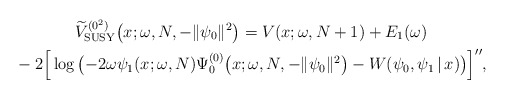
\begin{gather*} \widetilde{V}_{\rm SUSY}^{(0^{2})}\big(x;\omega ,N,- \Vert \psi _{0} \Vert ^{2}\big) = V ( x;\omega ,N+1 ) +E_{1} ( \omega ) \\ {}-2\Big[ \log \big( {-}2\omega \psi _{1}(x;\omega,N) \Psi _{0}^{(0) }\big(x;\omega ,N,- \Vert \psi _{0} \Vert ^{2}\big)-W(\psi _{0},\psi _{1}\,|\, x)\big) \Big] ^{\prime \prime },\end{gather*}